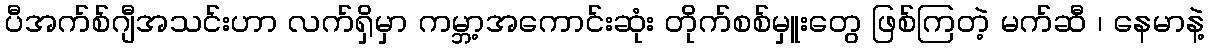
ပီအက်စ်ဂျီအသင်းဟာ လက်ရှိမှာ ကမ္ဘာ့အကောင်းဆုံး တိုက်စစ်မှူးတွေ ဖြစ်ကြတဲ့ မက်ဆီ ၊ နေမာနဲ့